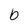
Character: b